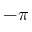
- \pi